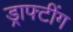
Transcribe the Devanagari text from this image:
ड्राफ्टींग